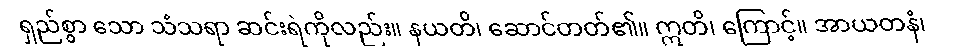
ရှည်စွာ သော သံသရာ ဆင်းရဲကိုလည်း။ နယတိ၊ ဆောင်တတ်၏။ ဣတိ၊ ကြောင့်။ အာယတနံ၊